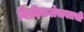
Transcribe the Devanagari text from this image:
विक्रीकलेबाबतची